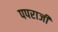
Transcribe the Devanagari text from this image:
पपराजी